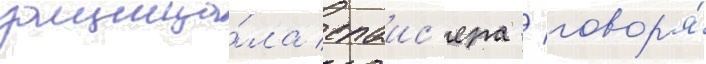
защища́ла спаис'ера / говор'я́